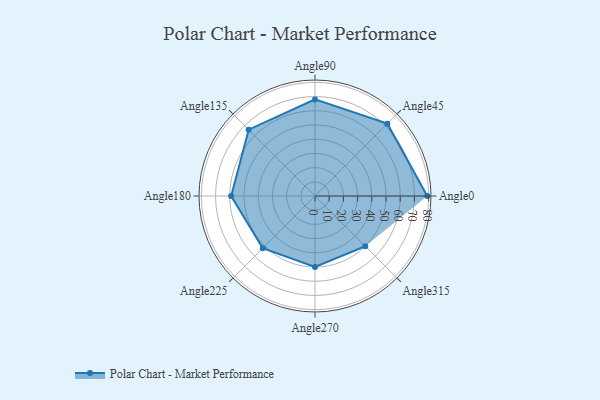
{"axis": {"x": "Angle", "y": "Radius"}, "legend": [""], "data": [{"x": "Angle0", "y": 79.0, "type": ""}, {"x": "Angle45", "y": 72.0, "type": ""}, {"x": "Angle90", "y": 68.0, "type": ""}, {"x": "Angle135", "y": 66.0, "type": ""}, {"x": "Angle180", "y": 59.0, "type": ""}, {"x": "Angle225", "y": 52.0, "type": ""}, {"x": "Angle270", "y": 50, "type": ""}, {"x": "Angle315", "y": 50, "type": ""}]}